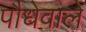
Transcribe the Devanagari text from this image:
पौधेवाले